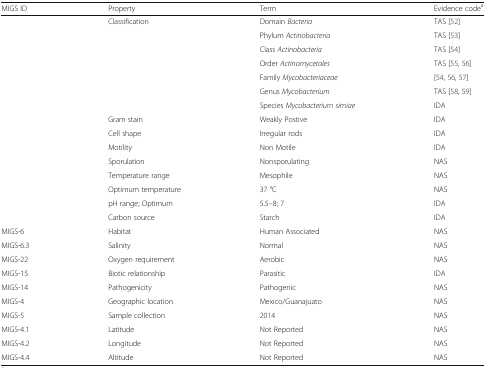
| MIGS ID | Property | Term | Evidence codea |
 | --- | --- | --- | --- |
 |  | Classification | Domain Bacteria | TAS [52] |
 |  |  | Phylum Actinobacteria | TAS [53] |
 |  |  | Class Actinobacteria | TAS [54] |
 |  |  | Order Actinomycetales | TAS [55, 56] |
 |  |  | Family Mycobacteriaceae | [54, 56, 57] |
 |  |  | Genus Mycobacterium | TAS [58, 59] |
 |  |  | Species Mycobacterium simiae | IDA |
 |  | Gram stain | Weakly Postive | IDA |
 |  | Cell shape | Irregular rods | IDA |
 |  | Motility | Non Motile | IDA |
 |  | Sporulation | Nonsporulating | NAS |
 |  | Temperature range | Mesophile | NAS |
 |  | Optimum temperature | 37 °C | NAS |
 |  | pH range; Optimum | 5.5–8; 7 | IDA |
 |  | Carbon source | Starch | IDA |
 | MIGS-6 | Habitat | Human Associated | NAS |
 | MIGS-6.3 | Salinity | Normal | NAS |
 | MIGS-22 | Oxygen requirement | Aerobic | NAS |
 | MIGS-15 | Biotic relationship | Parasitic | IDA |
 | MIGS-14 | Pathogenicity | Pathogenic | NAS |
 | MIGS-4 | Geographic location | Mexico/Guanajuato | NAS |
 | MIGS-5 | Sample collection | 2014 | NAS |
 | MIGS-4.1 | Latitude | Not Reported | NAS |
 | MIGS-4.2 | Longitude | Not Reported | NAS |
 | MIGS-4.4 | Altitude | Not Reported | NAS |